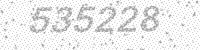
Solution: 535228